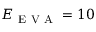
E _ { \mathrm { ~ E ~ V ~ A ~ } } = 1 0